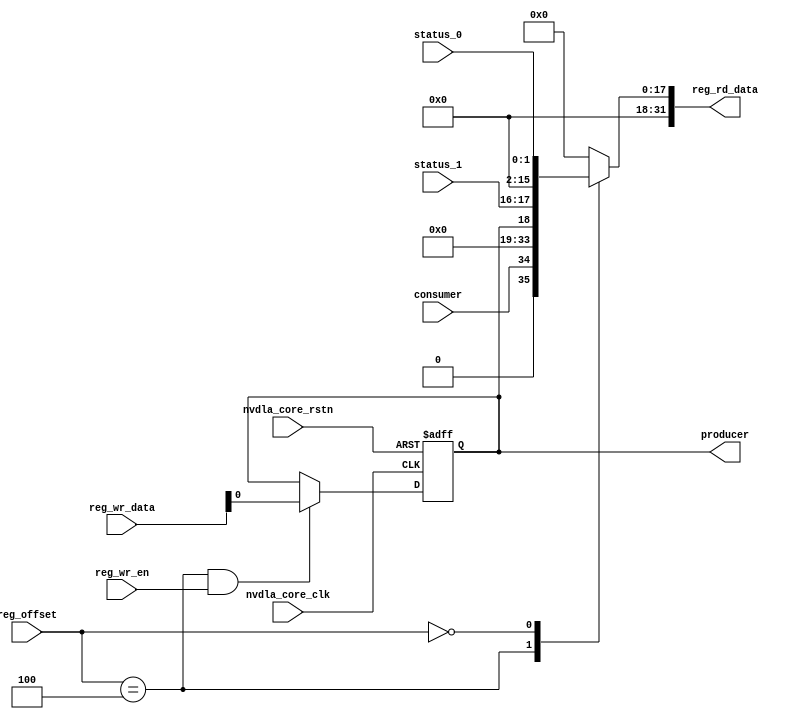
module NV_NVDLA_CACC_single_reg (
   reg_rd_data
  ,reg_offset
// verilint 498 off
// leda UNUSED_DEC off
  ,reg_wr_data
// verilint 498 on
// leda UNUSED_DEC on
  ,reg_wr_en
  ,nvdla_core_clk
  ,nvdla_core_rstn
  ,producer
  ,consumer
  ,status_0
  ,status_1
  );
wire [31:0] nvdla_cacc_s_pointer_0_out;
wire [31:0] nvdla_cacc_s_status_0_out;
wire [11:0] reg_offset_rd_int;
wire [31:0] reg_offset_wr;
// Register control interface
output [31:0] reg_rd_data;
input [11:0] reg_offset;
input [31:0] reg_wr_data; //(UNUSED_DEC)
input reg_wr_en;
input nvdla_core_clk;
input nvdla_core_rstn;
// Writable register flop/trigger outputs
output producer;
// Read-only register inputs
input consumer;
input [1:0] status_0;
input [1:0] status_1;
// wr_mask register inputs
// rstn register inputs
// leda FM_2_23 off
reg arreggen_abort_on_invalid_wr;
reg arreggen_abort_on_rowr;
reg arreggen_dump;
// leda FM_2_23 on
reg producer;
reg [31:0] reg_rd_data;
assign reg_offset_wr = {20'b0 , reg_offset};
// SCR signals
// Address decode
wire nvdla_cacc_s_pointer_0_wren = (reg_offset_wr == (32'h9004 & 32'h00000fff)) & reg_wr_en ; //spyglass disable UnloadedNet-ML //(W528)
wire nvdla_cacc_s_status_0_wren = (reg_offset_wr == (32'h9000 & 32'h00000fff)) & reg_wr_en ; //spyglass disable UnloadedNet-ML //(W528)
assign nvdla_cacc_s_pointer_0_out[31:0] = { 15'b0, consumer, 15'b0, producer };
assign nvdla_cacc_s_status_0_out[31:0] = { 14'b0, status_1, 14'b0, status_0 };
assign reg_offset_rd_int = reg_offset;
// Output mux
//spyglass disable_block W338, W263
always @(
  reg_offset_rd_int
  or nvdla_cacc_s_pointer_0_out
  or nvdla_cacc_s_status_0_out
  ) begin
  case (reg_offset_rd_int)
     (32'h9004 & 32'h00000fff): begin
                            reg_rd_data = nvdla_cacc_s_pointer_0_out ;
                            end
     (32'h9000 & 32'h00000fff): begin
                            reg_rd_data = nvdla_cacc_s_status_0_out ;
                            end
    default: reg_rd_data = {32{1'b0}};
  endcase
end
//spyglass enable_block W338, W263
// spyglass disable_block STARC-2.10.1.6, NoConstWithXZ, W443
// Register flop declarations
always @(posedge nvdla_core_clk or negedge nvdla_core_rstn) begin
  if (!nvdla_core_rstn) begin
    producer <= 1'b0;
  end else begin
// Not generating flops for read-only field NVDLA_CACC_S_POINTER_0::consumer
// Register: NVDLA_CACC_S_POINTER_0 Field: producer
  if (nvdla_cacc_s_pointer_0_wren) begin
    producer <= reg_wr_data[0];
  end
// Not generating flops for read-only field NVDLA_CACC_S_STATUS_0::status_0
// Not generating flops for read-only field NVDLA_CACC_S_STATUS_0::status_1
  end
end
// spyglass enable_block STARC-2.10.1.6, NoConstWithXZ, W443
// synopsys translate_off
// VCS coverage off
initial begin
  arreggen_dump = $test$plusargs("arreggen_dump_wr");
  arreggen_abort_on_rowr = $test$plusargs("arreggen_abort_on_rowr");
  arreggen_abort_on_invalid_wr = $test$plusargs("arreggen_abort_on_invalid_wr");
`ifdef VERILATOR
`else
  $timeformat(-9, 2, "ns", 15);
`endif
end
always @(posedge nvdla_core_clk) begin
  if (reg_wr_en) begin
    case(reg_offset)
      (32'h9004 & 32'h00000fff): if (arreggen_dump) $display("%t:%m: reg wr: NVDLA_CACC_S_POINTER_0 = 0x%h (old value: 0x%h, 0x%b))", $time, reg_wr_data, nvdla_cacc_s_pointer_0_out, nvdla_cacc_s_pointer_0_out);
      (32'h9000 & 32'h00000fff): begin
          if (arreggen_dump) $display("%t:%m: read-only reg wr: NVDLA_CACC_S_STATUS_0 = 0x%h", $time, reg_wr_data);
          if (arreggen_abort_on_rowr) begin $display("ERROR: write to read-only register!"); $finish; end
        end
      default: begin
          if (arreggen_dump) $display("%t:%m: reg wr: Unknown register (0x%h) = 0x%h", $time, reg_offset, reg_wr_data);
          if (arreggen_abort_on_invalid_wr) begin $display("ERROR: write to undefined register!"); $finish; end
        end
    endcase
  end
end
// VCS coverage on
// synopsys translate_on
endmodule